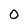
Character: O